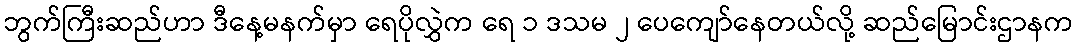
ဘွက်ကြီးဆည်ဟာ ဒီနေ့မနက်မှာ ရေပိုလွှဲက ရေ ၁ ဒသမ ၂ ပေကျော်နေတယ်လို့ ဆည်မြောင်းဌာနက